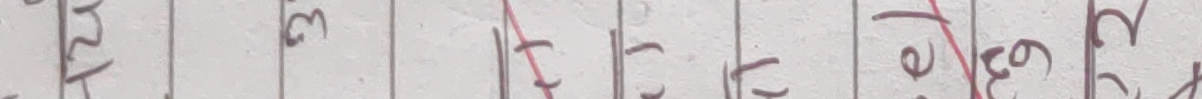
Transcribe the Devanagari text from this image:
रेडिः